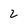
Character: 2